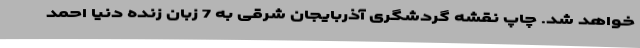
خواهد شد. چاپ نقشه گردشگری آذربایجان شرقی به 7 زبان زنده دنیا احمد